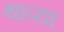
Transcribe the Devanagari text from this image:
थाप्या